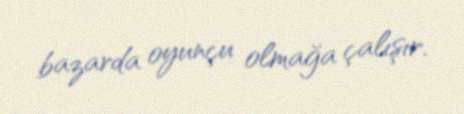
bazarda oyunçu olmağa çalışır.